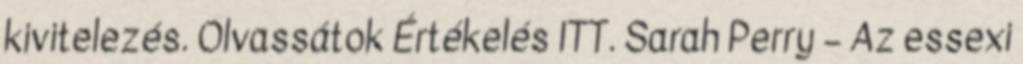
kivitelezés. Olvassátok Értékelés ITT. Sarah Perry – Az essexi